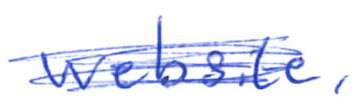
Text: website,
Cross-out: scratch
Writing tool: ballpoint